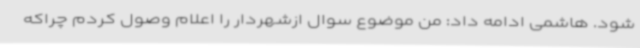
شود. هاشمی ادامه داد: من موضوع سوال ازشهردار را اعلام وصول کردم چراکه